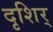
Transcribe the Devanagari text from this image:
दृशिर्